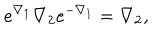
e ^ { \nabla _ { 1 } } \nabla _ { 2 } e ^ { - \nabla _ { 1 } } = \nabla _ { 2 } ,